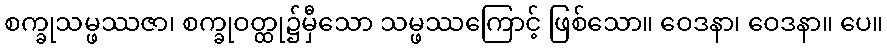
စက္ခုသမ္ဖဿဇာ၊ စက္ခုဝတ္ထု၌မှီသော သမ္ဖဿကြောင့် ဖြစ်သော။ ဝေဒနာ၊ ဝေဒနာ။ ပေ။